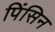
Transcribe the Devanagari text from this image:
पिंसिन